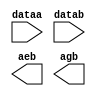
// megafunction wizard: %LPM_COMPARE%VBB%
// GENERATION: STANDARD
// VERSION: WM1.0
// MODULE: LPM_COMPARE 

// ============================================================
// Megafunction Name(s):
// 			LPM_COMPARE
//
// Simulation Library Files(s):
// 			lpm
// ============================================================
// ************************************************************
// THIS IS A WIZARD-GENERATED FILE. DO NOT EDIT THIS FILE!
//
// 21.1.0 Build 842 10/21/2021 SJ Lite Edition
// ************************************************************

//Copyright (C) 2021  Intel Corporation. All rights reserved.
//Your use of Intel Corporation's design tools, logic functions 
//and other software and tools, and any partner logic 
//functions, and any output files from any of the foregoing 
//(including device programming or simulation files), and any 
//associated documentation or information are expressly subject 
//to the terms and conditions of the Intel Program License 
//Subscription Agreement, the Intel Quartus Prime License Agreement,
//the Intel FPGA IP License Agreement, or other applicable license
//agreement, including, without limitation, that your use is for
//the sole purpose of programming logic devices manufactured by
//Intel and sold by Intel or its authorized distributors.  Please
//refer to the applicable agreement for further details, at
//https://fpgasoftware.intel.com/eula.

module LPM_COMPARE8 (
	dataa,
	datab,
	aeb,
	agb);

	input	[7:0]  dataa;
	input	[7:0]  datab;
	output	  aeb;
	output	  agb;

endmodule

// ============================================================
// CNX file retrieval info
// ============================================================
// Retrieval info: PRIVATE: AeqB NUMERIC "1"
// Retrieval info: PRIVATE: AgeB NUMERIC "0"
// Retrieval info: PRIVATE: AgtB NUMERIC "1"
// Retrieval info: PRIVATE: AleB NUMERIC "0"
// Retrieval info: PRIVATE: AltB NUMERIC "0"
// Retrieval info: PRIVATE: AneB NUMERIC "0"
// Retrieval info: PRIVATE: INTENDED_DEVICE_FAMILY STRING "MAX II"
// Retrieval info: PRIVATE: LPM_PIPELINE NUMERIC "0"
// Retrieval info: PRIVATE: Latency NUMERIC "0"
// Retrieval info: PRIVATE: PortBValue NUMERIC "0"
// Retrieval info: PRIVATE: Radix NUMERIC "10"
// Retrieval info: PRIVATE: SYNTH_WRAPPER_GEN_POSTFIX STRING "0"
// Retrieval info: PRIVATE: SignedCompare NUMERIC "0"
// Retrieval info: PRIVATE: aclr NUMERIC "0"
// Retrieval info: PRIVATE: clken NUMERIC "0"
// Retrieval info: PRIVATE: isPortBConstant NUMERIC "0"
// Retrieval info: PRIVATE: nBit NUMERIC "8"
// Retrieval info: PRIVATE: new_diagram STRING "1"
// Retrieval info: LIBRARY: lpm lpm.lpm_components.all
// Retrieval info: CONSTANT: LPM_REPRESENTATION STRING "UNSIGNED"
// Retrieval info: CONSTANT: LPM_TYPE STRING "LPM_COMPARE"
// Retrieval info: CONSTANT: LPM_WIDTH NUMERIC "8"
// Retrieval info: USED_PORT: aeb 0 0 0 0 OUTPUT NODEFVAL "aeb"
// Retrieval info: USED_PORT: agb 0 0 0 0 OUTPUT NODEFVAL "agb"
// Retrieval info: USED_PORT: dataa 0 0 8 0 INPUT NODEFVAL "dataa[7..0]"
// Retrieval info: USED_PORT: datab 0 0 8 0 INPUT NODEFVAL "datab[7..0]"
// Retrieval info: CONNECT: @dataa 0 0 8 0 dataa 0 0 8 0
// Retrieval info: CONNECT: @datab 0 0 8 0 datab 0 0 8 0
// Retrieval info: CONNECT: aeb 0 0 0 0 @aeb 0 0 0 0
// Retrieval info: CONNECT: agb 0 0 0 0 @agb 0 0 0 0
// Retrieval info: GEN_FILE: TYPE_NORMAL LPM_COMPARE8.v TRUE
// Retrieval info: GEN_FILE: TYPE_NORMAL LPM_COMPARE8.inc FALSE
// Retrieval info: GEN_FILE: TYPE_NORMAL LPM_COMPARE8.cmp FALSE
// Retrieval info: GEN_FILE: TYPE_NORMAL LPM_COMPARE8.bsf TRUE
// Retrieval info: GEN_FILE: TYPE_NORMAL LPM_COMPARE8_inst.v FALSE
// Retrieval info: GEN_FILE: TYPE_NORMAL LPM_COMPARE8_bb.v TRUE
// Retrieval info: LIB_FILE: lpm